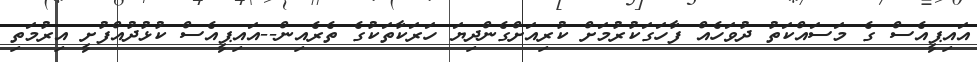
އައިޕީއެސް ގެ މަސައްކަތު ދުވަހެއް ފާހަގަކުރުމަށް ކުރިއަށްގެންދިޔަ ހަރަކާތަކުގެ ތެރެއިން--އައިޕީއެސް ކުޅުދުއްފުށީ އިރުމަތި